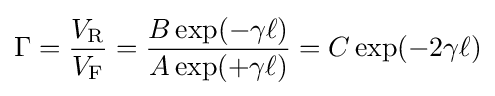
\Gamma ={\frac {V_{\text{R}}}{V_{\text{F}}}}={\frac {B\exp(-\gamma \ell )}{A\exp(+\gamma \ell )}}=C\exp(-2\gamma \ell )